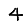
Digit: 4